Vaccination report Assam 1874-1896 - 1874-1896
Year: 1874
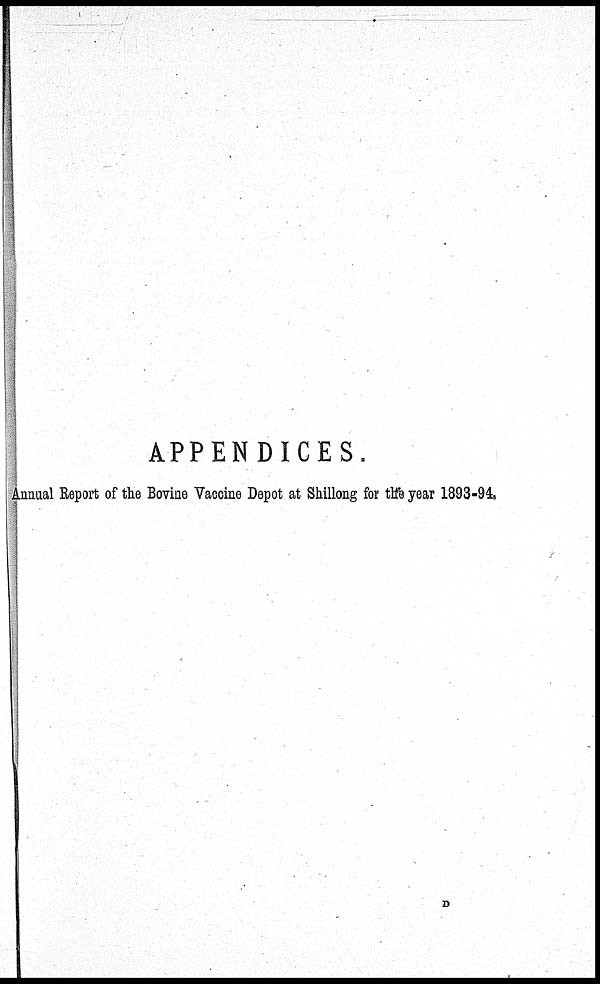
APPENDICES.
Annual Report of the Bovine Vaccine Depot at Shillong for the year 1893-94.
D